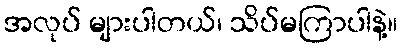
အလုပ် များပါတယ်၊ သိပ်မကြာပါနဲ့။